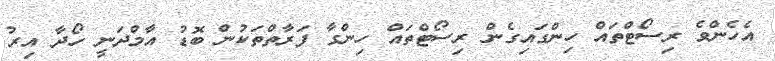
އެހެންވެ ރިސޯޓްތައް ހިންގައިގެން ރިސޯޓްތައް ހިންގާ ފަރާތްތަކުން ބޮޑު އާމްދަނީ ހޯދާ އިރު